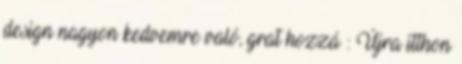
design nagyon kedvemre való, grat hozzá : Újra itthon